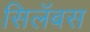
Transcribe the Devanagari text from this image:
सिलॅबस